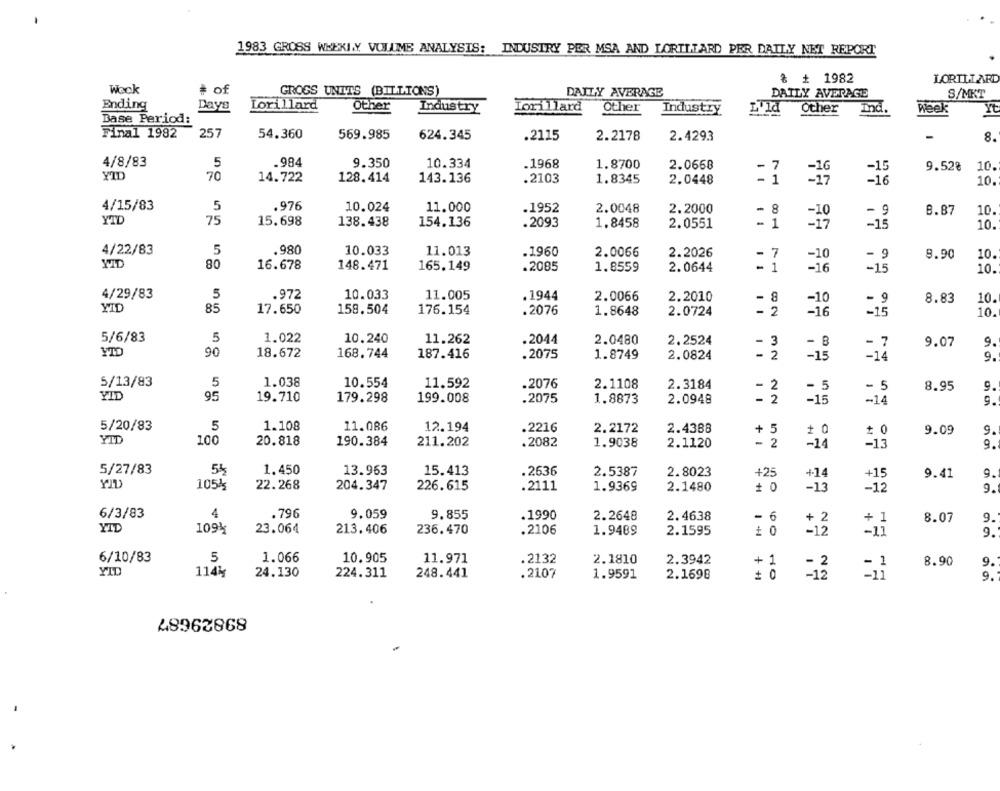
1983 GROSS WEEKLY VOLUME ANALYSIS: INDUSTRY PER MSA AND LORTLTARD PER DAILY NET REPORT
৳ + 1982
LORILLARD
Week
# of
GROGS UNITS (BILLIONS)
DAILY AVERAGE
DAILY AVERAGE
S/MKT
Ending
Days
Lorillard
Other
Industry
Lorillard
Other
Industry
L'ld Other
Ind.
Week
Yt
Base Period:
Final 1982
257
54.360
569.985
624.345
.2115
2.2178
2.4293
8.
4/8/83
5
.984
9.350
10.334
.1968
1.8700
2.0668
9.528
- 7
=16
-15
10
YID
70
14.722
128.414
143.136
.2103
1.8345
2.0448
-16
10.
4/15/83
.976
5
10.024
11.000
.1952
2.0048
2.2000
- 8
- 9
8.87
10.
YIL
75
15.698
154.136
138.438
.2093
1.8458
2.0551
- 1
-15
10.
4/22/83
5
.980
10.033
11.013
.1960
2.0066
2.2026
7
-10
8.90
. 9
10
YIL
80
16.678
148.471
165.149
.2085
1.8559
2.0644
1
-16
-15
10.
4/29/83
5
.972
10.033
11.005
.1944
2.0066
2.2010
-10
9
8.83
10
85
17.650
158.504
176.154
.2076
1.8648
2.0724
-
2
-16
-15
10.
5/6/83
5
1.022
10.240
11.262
.2044
2.0480
2.2524
- 3
- B
- 7
9.07
9.
YID
90
18.672
168.744
187.416
.2075
1.8749
2.0824
- 2
-14
9.
5/13/83
5
1.038
10.554
11.592
.2076
2.1108
2.3184
2
- 5
- 5
8.95
9.
YID
95
19.710
179.298
199.008
.2075
1.8873
2.0948
- 2
-15
-14
9.
5/20/83
5
1.108
11.086
12.194
.2216
2.2172
2.4388
+ 5
# 0
+ 0
9.09
9.
YID
100
20.818
190.384
211.202
.2082
1.9038
2.1120
-
2
-13
9.
-14
5/27/83
54
1.450
13.963
15.413
.2636
2.5387
2.8023
+25
+.14
+15
9.41
9.
105%
22.268
204.347
226.615
.2111
1.9369
2.1480
+ 0
-13
-12
9.
6/3/83
4
.796
9.059
9.855
6
.1990
2.2648
2.4638
+ 2
+ 1
8.07
9
YID
109k
23.064
213.406
236.470
.2106
2.1595
-12
1.9489
-11
9.
6/10/83
5
1.066
10.905
11.971
.2132
2.1810
2.3942
8.90
9.
+ :
-2
YID
114%
24.130
224.311
248.441
.2107
1.9591
2.1698
HO
-11
9.
89829687